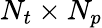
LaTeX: N_{t}\times N_{p}